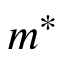
m ^ { * }